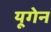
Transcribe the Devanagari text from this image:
यूगेन